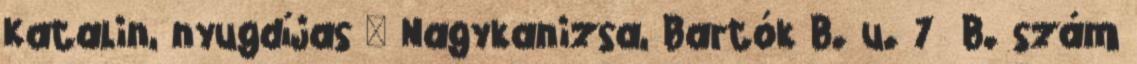
Katalin, nyugdíjas – Nagykanizsa, Bartók B. u. 7 B. szám